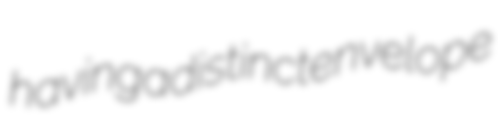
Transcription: having a distinct envelope